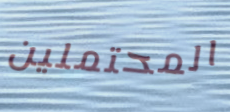
المحتملين